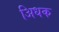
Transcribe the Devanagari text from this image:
अिधक